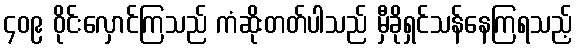
၄၀၉ ဝိုင်းလှောင်ကြသည် ကံဆိုးတတ်ပါသည် မှီခိုရှင်သန်နေကြရသည့်